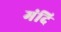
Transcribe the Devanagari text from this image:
मंदि